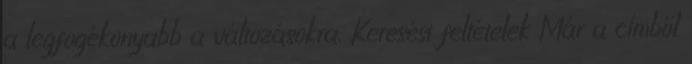
a legfogékonyabb a változásokra. Keresési feltételek Már a címből